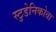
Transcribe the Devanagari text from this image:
स्टुडेनिकोवा